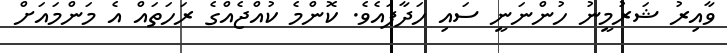
ވާއިރު ޝަރުމީނު ހުންނަނީ ސައި ހަދާފައެވެ. ކޮންމެ ކުއްޖެއްގެ ރަހަތައް އެ މަންމައަށް